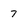
Character: 7